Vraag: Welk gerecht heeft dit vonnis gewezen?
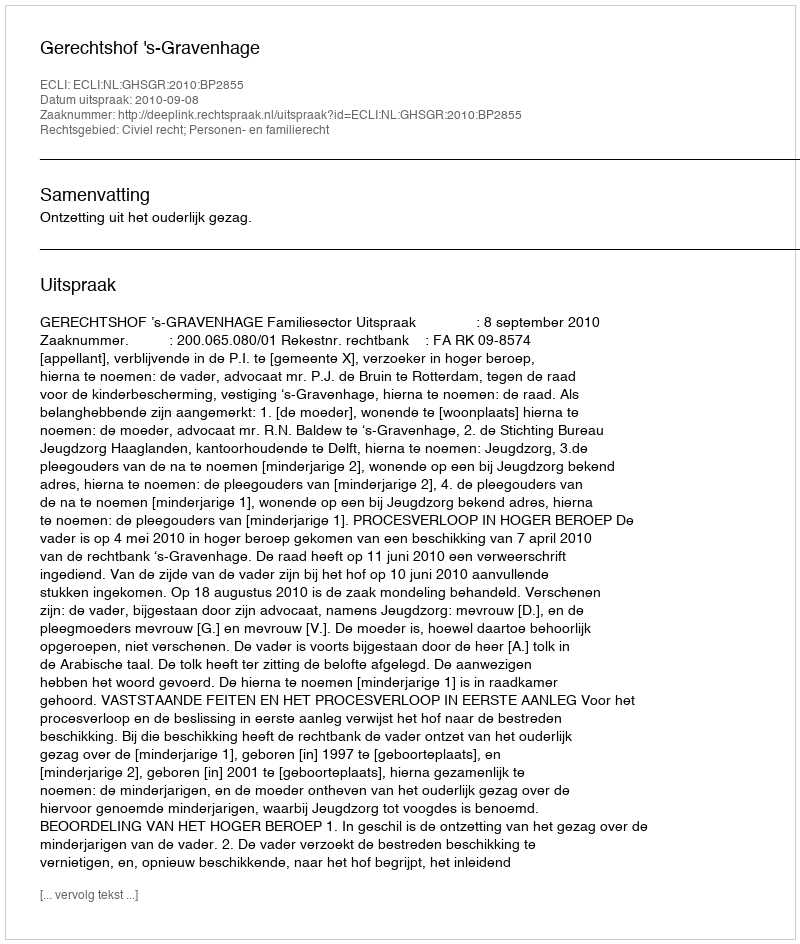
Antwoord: Gerechtshof 's-Gravenhage